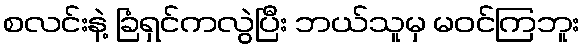
စလင်းနဲ့ ခြံရှင်ကလွဲပြီး ဘယ်သူမှ မဝင်ကြဘူး